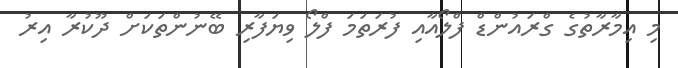
މި އިމާރާތުގެ ގްރައުންޑް ފްލޯއާއި ފުރަތަމަ ފްލޯ ވިޔަފާރި ބޭނުންތަކަށް ދޫކުރާ އިރު